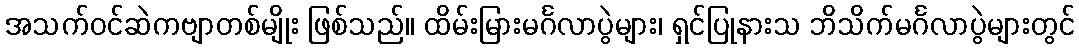
အသက်ဝင်ဆဲကဗျာတစ်မျိုး ဖြစ်သည်။ ထိမ်းမြားမင်္ဂလာပွဲများ၊ ရှင်ပြုနားသ ဘိသိက်မင်္ဂလာပွဲများတွင်